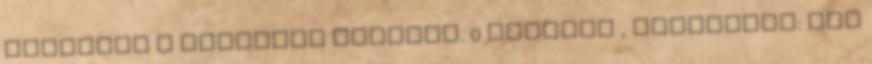
lehetett a rácsokat rárakni. 0 komment , kategória: Nem